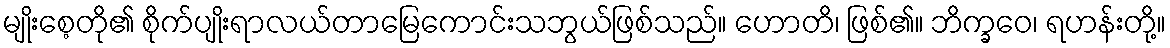
မျိုးစေ့တို၏ စိုက်ပျိုးရာလယ်တာမြေကောင်းသဘွယ်ဖြစ်သည်။ ဟောတိ၊ ဖြစ်၏။ ဘိက္ခဝေ၊ ရဟန်းတို့။